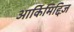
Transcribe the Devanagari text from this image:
आर्किमिद्दिज़